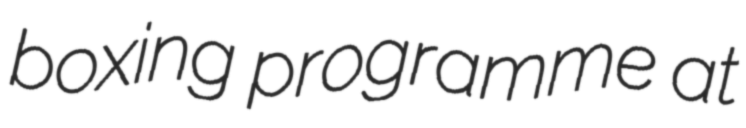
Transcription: boxing programme at